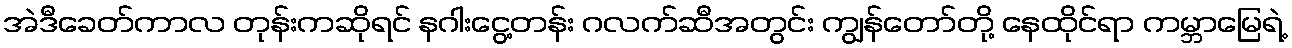
အဲဒီခေတ်ကာလ တုန်းကဆိုရင် နဂါးငွေ့တန်း ဂလက်ဆီအတွင်း ကျွန်တော်တို့ နေထိုင်ရာ ကမ္ဘာမြေရဲ့